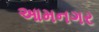
આમનગર